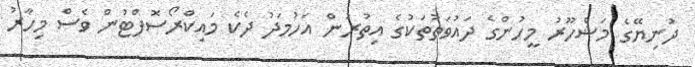
ދުނިޔޭގެ މަޝްހޫރު މީހުންގެ ދައުވަތުތަކުގެ އިތުރުން އަހުމަދު ދެކެ މައިކްރޯސޮފްޓުން ވެސް މިހާރު